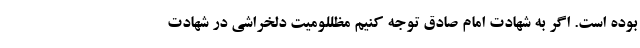
بوده است. اگر به شهادت امام صادق توجه کنیم مظللومیت دلخراشی در شهادت